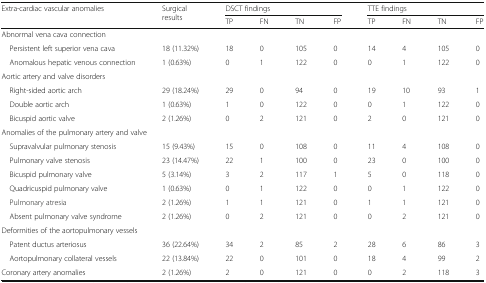
<table><thead><tr><td rowspan="2"><b>Extra-cardiac vascular anomalies</b></td><td rowspan="2"><b>Surgical results</b></td><td colspan="4"><b>DSCT findings</b></td><td colspan="4"><b>TTE findings</b></td></tr><tr><td><b>TP</b></td><td><b>FN</b></td><td><b>TN</b></td><td><b>FP</b></td><td><b>TP</b></td><td><b>FN</b></td><td><b>TN</b></td><td><b>FP</b></td></tr></thead><tbody><tr><td colspan="10">Abnormal vena cava connection</td></tr><tr><td> Persistent left superior vena cava</td><td>18 (11.32%)</td><td>18</td><td>0</td><td>105</td><td>0</td><td>14</td><td>4</td><td>105</td><td>0</td></tr><tr><td> Anomalous hepatic venous connection</td><td>1 (0.63%)</td><td>0</td><td>1</td><td>122</td><td>0</td><td>0</td><td>1</td><td>122</td><td>0</td></tr><tr><td colspan="10">Aortic artery and valve disorders</td></tr><tr><td> Right-sided aortic arch</td><td>29 (18.24%)</td><td>29</td><td>0</td><td>94</td><td>0</td><td>19</td><td>10</td><td>93</td><td>1</td></tr><tr><td> Double aortic arch</td><td>1 (0.63%)</td><td>1</td><td>0</td><td>122</td><td>0</td><td>0</td><td>1</td><td>122</td><td>0</td></tr><tr><td> Bicuspid aortic valve</td><td>2 (1.26%)</td><td>0</td><td>2</td><td>121</td><td>0</td><td>2</td><td>0</td><td>121</td><td>0</td></tr><tr><td colspan="10">Anomalies of the pulmonary artery and valve</td></tr><tr><td> Supravalvular pulmonary stenosis</td><td>15 (9.43%)</td><td>15</td><td>0</td><td>108</td><td>0</td><td>11</td><td>4</td><td>108</td><td>0</td></tr><tr><td> Pulmonary valve stenosis</td><td>23 (14.47%)</td><td>22</td><td>1</td><td>100</td><td>0</td><td>23</td><td>0</td><td>100</td><td>0</td></tr><tr><td> Bicuspid pulmonary valve</td><td>5 (3.14%)</td><td>3</td><td>2</td><td>117</td><td>1</td><td>5</td><td>0</td><td>118</td><td>0</td></tr><tr><td> Quadricuspid pulmonary valve</td><td>1 (0.63%)</td><td>0</td><td>1</td><td>122</td><td>0</td><td>0</td><td>1</td><td>122</td><td>0</td></tr><tr><td> Pulmonary atresia</td><td>2 (1.26%)</td><td>1</td><td>1</td><td>121</td><td>0</td><td>1</td><td>1</td><td>121</td><td>0</td></tr><tr><td> Absent pulmonary valve syndrome</td><td>2 (1.26%)</td><td>0</td><td>2</td><td>121</td><td>0</td><td>0</td><td>2</td><td>121</td><td>0</td></tr><tr><td colspan="10">Deformities of the aortopulmonary vessels</td></tr><tr><td> Patent ductus arteriosus</td><td>36 (22.64%)</td><td>34</td><td>2</td><td>85</td><td>2</td><td>28</td><td>6</td><td>86</td><td>3</td></tr><tr><td> Aortopulmonary collateral vessels</td><td>22 (13.84%)</td><td>22</td><td>0</td><td>101</td><td>0</td><td>18</td><td>4</td><td>99</td><td>2</td></tr><tr><td>Coronary artery anomalies</td><td>2 (1.26%)</td><td>2</td><td>0</td><td>121</td><td>0</td><td>0</td><td>2</td><td>118</td><td>3</td></tr></tbody></table>